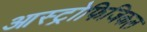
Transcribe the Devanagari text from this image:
आस्ट्रोफिजिकल